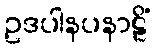
ဥဒပါနပနာဠိံ